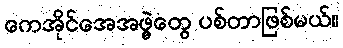
ကေအိုင်အေအဖွဲ့တွေ ပစ်တာဖြစ်မယ်။